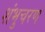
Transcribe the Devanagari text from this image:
शंभुचरण